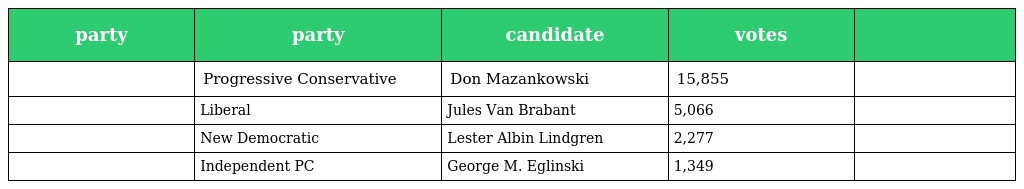
| party | party | candidate | votes |  |
 | --- | --- | --- | --- | --- |
 |  | Progressive Conservative | Don Mazankowski | 15,855 |  |
 |  | Liberal | Jules Van Brabant | 5,066 |  |
 |  | New Democratic | Lester Albin Lindgren | 2,277 |  |
 |  | Independent PC | George M. Eglinski | 1,349 |  |